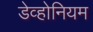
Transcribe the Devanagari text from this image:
डेव्होनियम